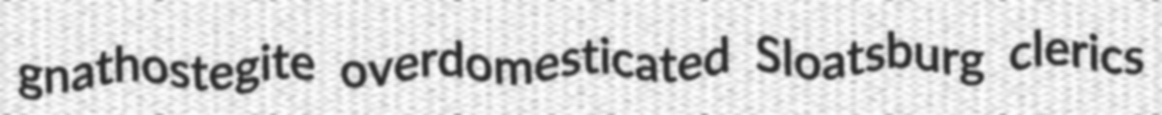
gnathostegite overdomesticated Sloatsburg clerics